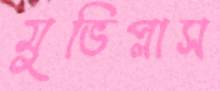
মুভিপ্লাস